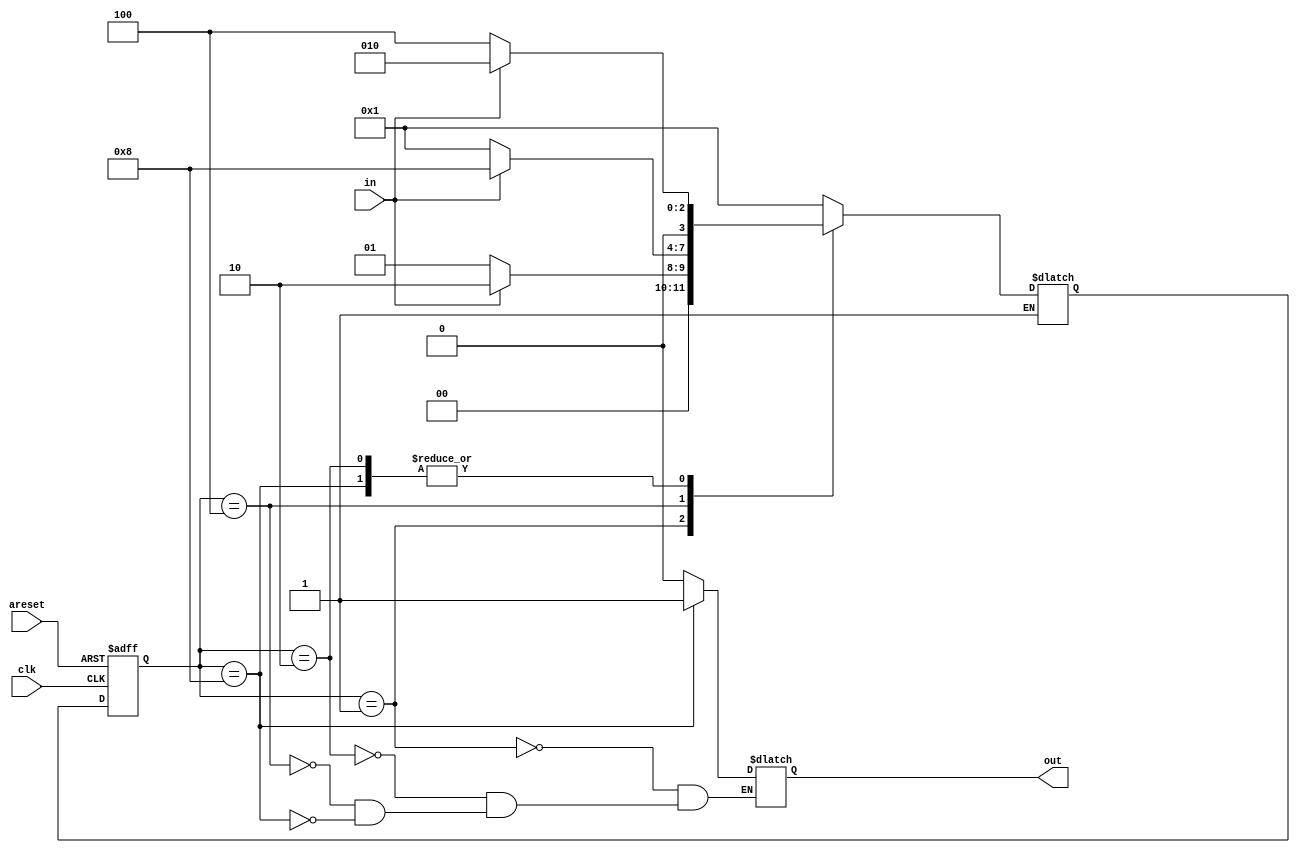
module top_module(
    input clk,
    input in,
    input areset,
    output out); //

    parameter A=4'b0001, B=4'b0010, C=4'b0100, D=4'b1000;
    reg [3:0] state, next_state;

    always @(posedge clk, posedge areset) begin
        if (areset) begin
            state <= A;
        end
        else begin
          state <= next_state;
        end
    end   
    
    always @(*) begin
        case(state)
			A: begin
                if (~in) next_state <= A;
                if (in) next_state <= B;
            end
			B: begin
                if (~in) next_state <= C;
                if (in) next_state <= B;
            end
            C: begin
                if (~in) next_state <= A;
                if (in) next_state <= D;
            end
            D: begin
                if (~in) next_state <= C;
                if (in) next_state <= B;
            end
            default:next_state <= A;
        endcase
    end

    //assign out = (state == D);
    always @(*) begin
            case(state)
                A: out <= 0;
                B: out <= 0;
                C: out <= 0;
                D: out <= 1;
            endcase
    end

endmodule